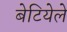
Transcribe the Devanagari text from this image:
बेटियेले